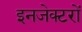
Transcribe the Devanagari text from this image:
इनजेक्टरों